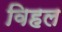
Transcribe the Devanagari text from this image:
विहल